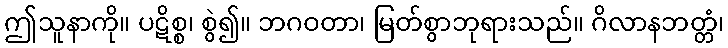
ဤသူနာကို။ ပဋိစ္စ၊ စွဲ၍။ ဘဂဝတာ၊ မြတ်စွာဘုရားသည်။ ဂိလာနဘတ္တံ၊